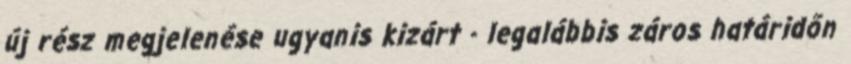
új rész megjelenése ugyanis kizárt - legalábbis záros határidőn